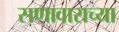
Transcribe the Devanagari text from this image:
सणावाराच्या